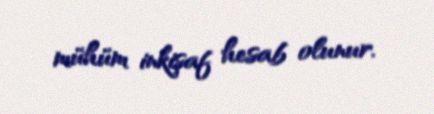
mühüm inkişaf hesab olunur.